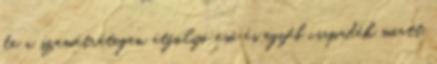
de a szemétrétegen átfolyó eső és egyéb csapadék miatt